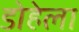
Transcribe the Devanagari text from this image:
डोहेला